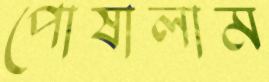
পোষালাম